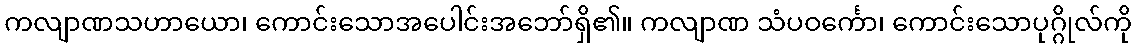
ကလျာဏသဟာယော၊ ကောင်းသောအပေါင်းအဘော်ရှိ၏။ ကလျာဏ သံပဝင်္ကော၊ ကောင်းသောပုဂ္ဂိုလ်ကို